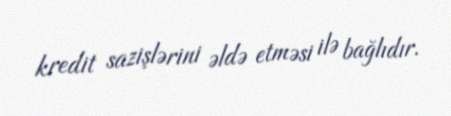
kredit sazişlərini əldə etməsi ilə bağlıdır.